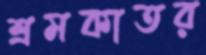
শ্রমকাতর